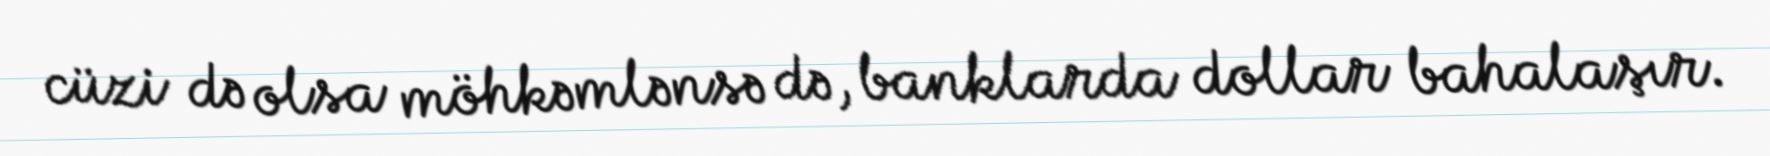
cüzi də olsa möhkəmlənsə də, banklarda dollar bahalaşır.